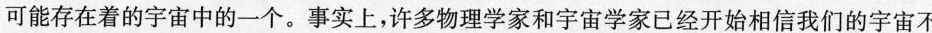
可能存在着的宇宙中的一个。事实上，许多物理学家和宇宙学家已经开始相信我们的宇宙